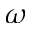
\omega